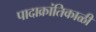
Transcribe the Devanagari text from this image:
पादाक्रांतिकाळी